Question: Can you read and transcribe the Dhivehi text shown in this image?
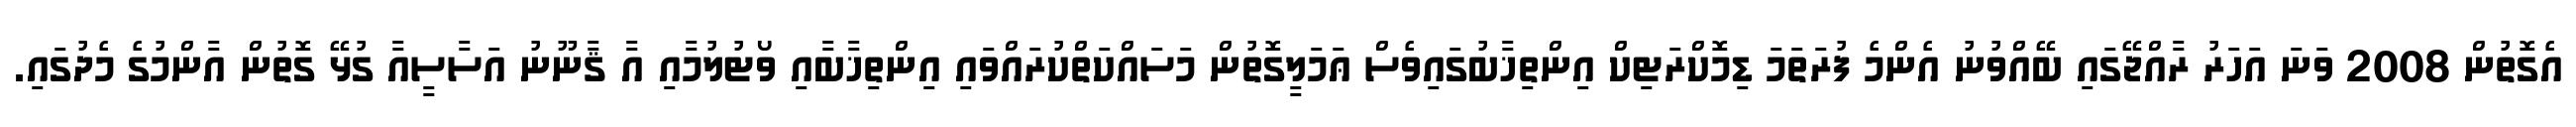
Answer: އެގޮތުން 2008 ވަނަ އަހަރު ރާއްޖޭގައި ބޭއްވުނު އެންމެ ފުރަތަމަ ޑިމޮކްރަޓިކް އިންތިޚާބުގައިވެސް ޢަމަލީގޮތުން މަސައްކަތްކުރައްވައި އިންތިޚާބާއި ވޯޓުލުމާއި އާ ޤާނޫނު އަސާސީއާ ގުޅޭ ގޮތުން އާންމުގެ މެދުގައި.